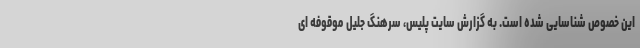
این خصوص شناسایی شده است. به گزارش سایت پلیس، سرهنگ جلیل موقوفه ای